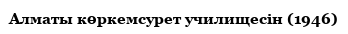
Алматы көркемсурет училищесін (1946)